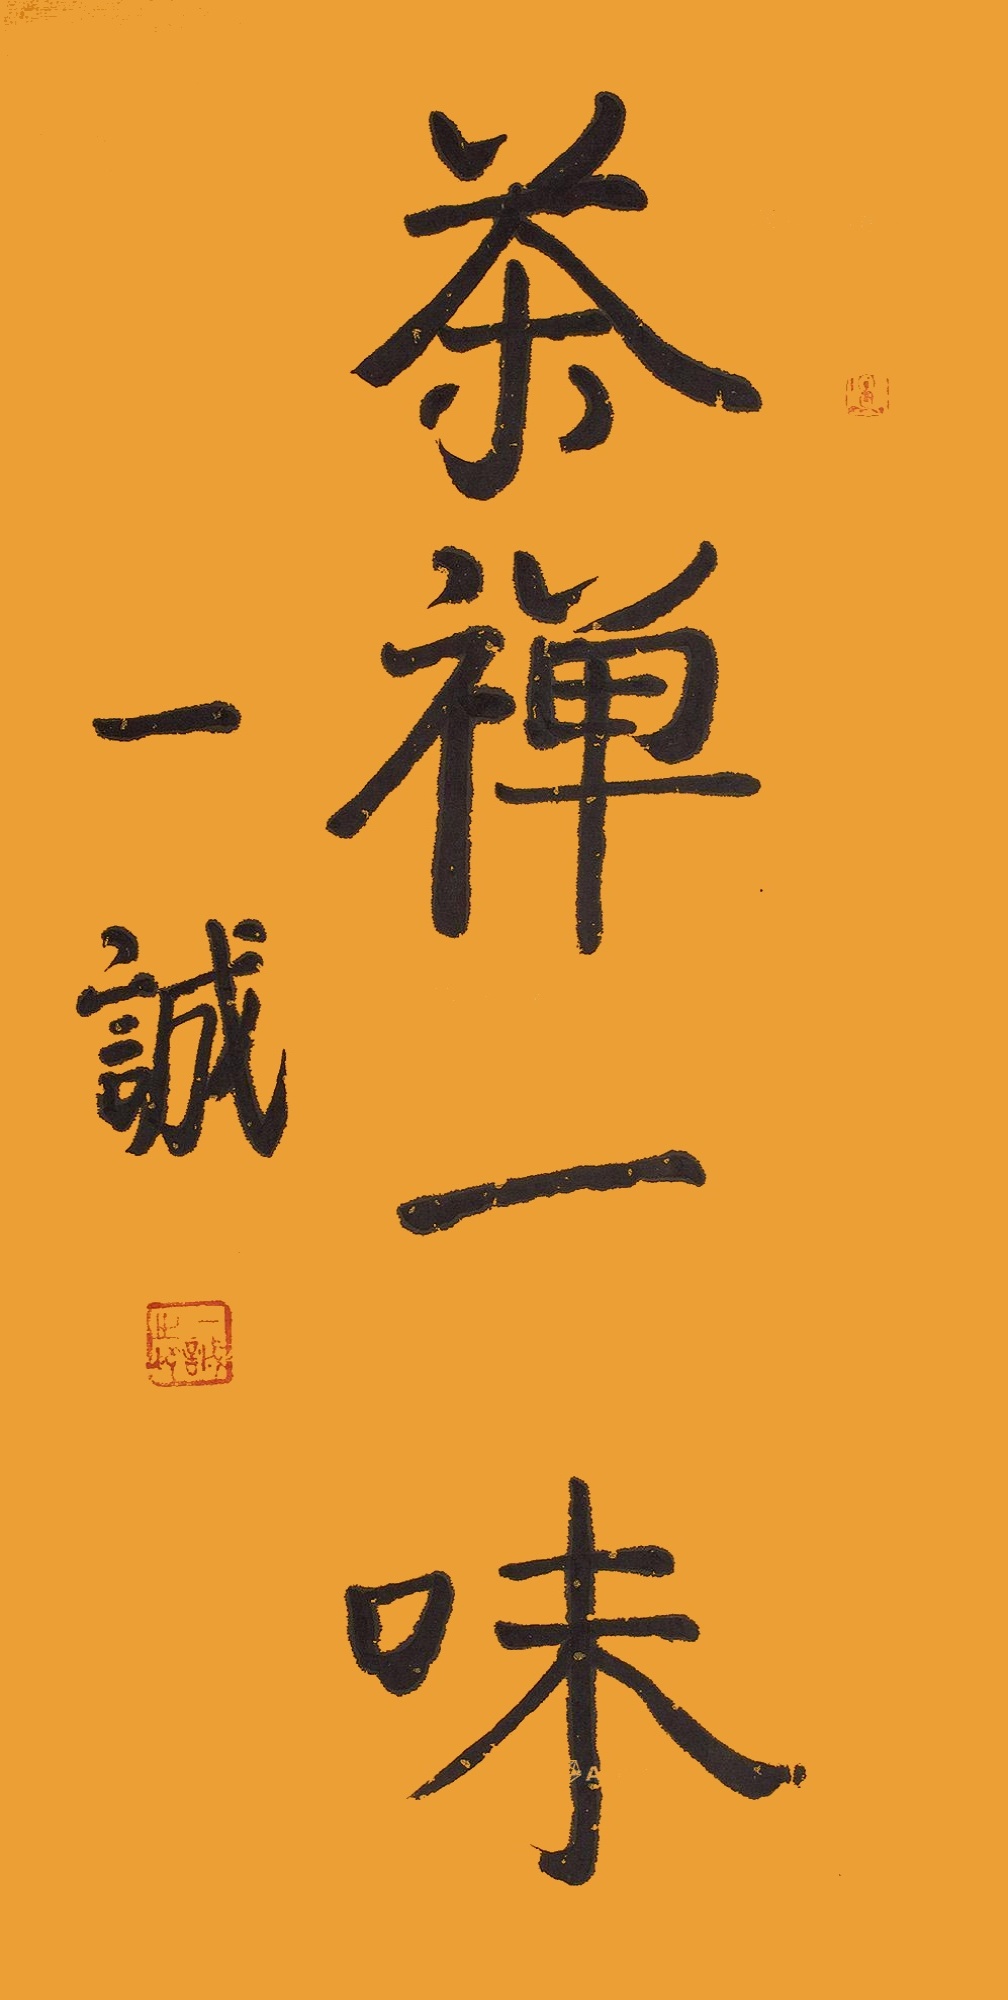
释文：茶禅一味。一诚。